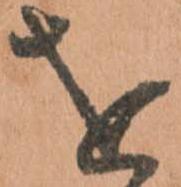
を